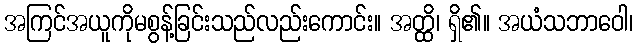
အကြင်အယူကိုမစွန့်ခြင်းသည်လည်းကောင်း။ အတ္ထိ၊ ရှိ၏။ အယံသဘာဝေါ၊